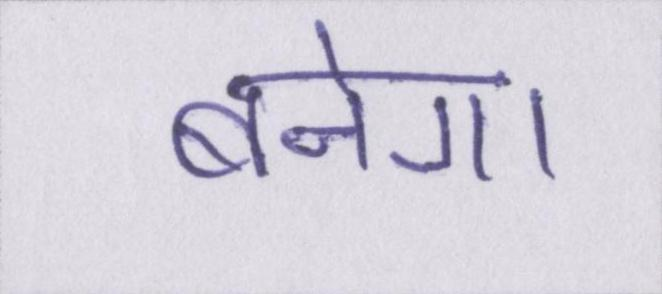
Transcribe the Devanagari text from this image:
बनेगा